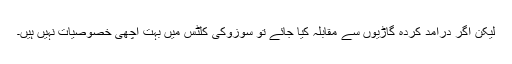
لیکن اگر درآمد کردہ گاڑیوں سے مقابلہ کیا جائے تو سوزوکی کلٹس میں بہت اچھی خصوصیات نہیں ہیں۔